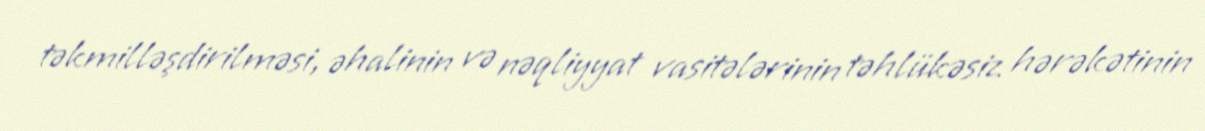
təkmilləşdirilməsi, əhalinin və nəqliyyat vasitələrinin təhlükəsiz hərəkətinin